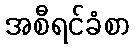
အစီရင်ခံစာ